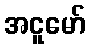
အငူမော်